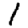
Digit: 1